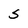
Character: S